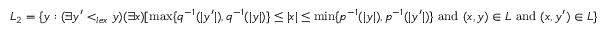
L _ { 2 } = \{ y : ( \exists y ^ { \prime } < _ { l e x } y ) ( \exists x ) [ \operatorname* { m a x } \{ q ^ { - 1 } ( | y ^ { \prime } | ) , q ^ { - 1 } ( | y | ) \} \leq | x | \leq \operatorname* { m i n } \{ p ^ { - 1 } ( | y | ) , p ^ { - 1 } ( | y ^ { \prime } | ) \} \mathrm { ~ a n d ~ } ( x , y ) \in L \mathrm { ~ a n d ~ } ( x , y ^ { \prime } ) \in L \}